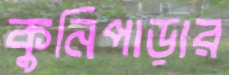
কুনিপাড়ার